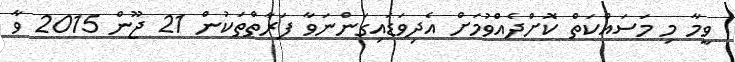
ވީމާ މި މަސައްކަތް ކޮށްދެއްވުމަށް އެދިވަޑައިގަންނަވާ ފަރާތްތަކުން 21 ޖޫން 2015 ވާ